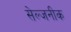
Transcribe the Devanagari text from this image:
सेल्जनीक